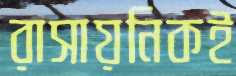
রাসায়নিকই